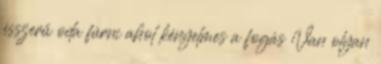
ésszerű oda fúrni ahol kényelmes a fogás Van olyan